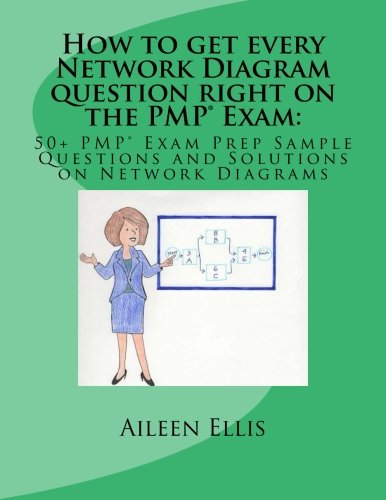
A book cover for How to get every Network Diagram question right on the PMPÂ® Exam:: 50+ PMPÂ® Exam Prep Sample Questions and Solutions on Network Diagrams (PMPÂ® Exam Prep Simplified) (Volume 3); Aileen Ellis; Test Preparation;